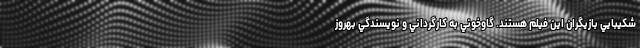
شکيبايي بازيگران اين فيلم هستند. گاوخوني به کارگرداني و نويسندگي بهروز